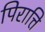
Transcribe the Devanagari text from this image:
पिरात्ति